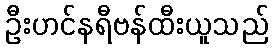
ဦးဟင်နရီဗန်ထီးယူသည်